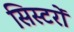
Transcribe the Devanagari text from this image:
सिस्टरों